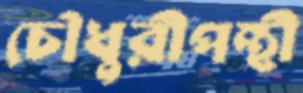
চৌধুরীপন্থী